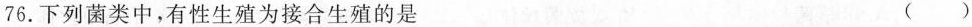
76.下列菌类中，有性生殖为接合生殖的是 ( )